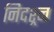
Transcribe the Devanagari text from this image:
निदश्र्न